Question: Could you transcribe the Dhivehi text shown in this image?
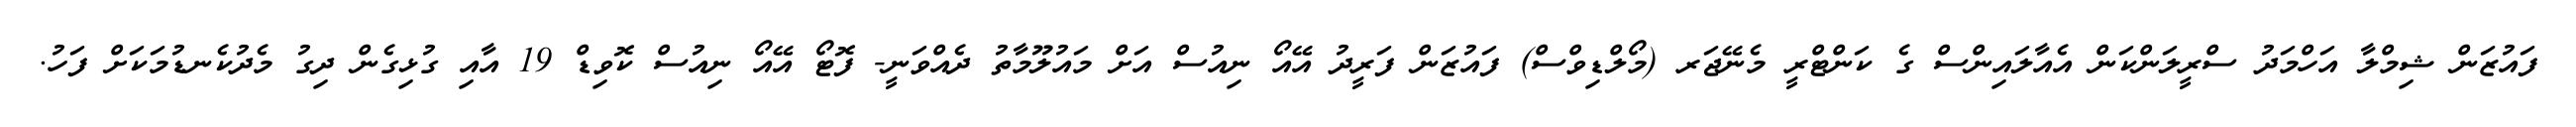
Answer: ފައުޒަން ޝިމްލާ އަހްމަދު ސްރީލަންކަން އެއާލައިންސް ގެ ކަންޓްރީ މެނޭޖަރ (މޯލްޑިވްސް) ފައުޒަން ފަރީދު އޭއޯ ނިއުސް އަށް މައުލޫމާތު ދެއްވަނީ- ފޮޓޯ އޭއޯ ނިއުސް ކޮވިޑް 19 އާއި ގުޅިގެން ދިގު މެދުކެނޑުމަކަށް ފަހު.